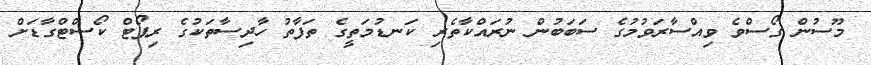
މޫސުން ގޯސްވެ ވިއްސާރަވުމުގެ ސަބަބުން ނުރައްކާތެރި ކަނޑުމަތީގެ ތަފާތު ހާދިސާތަކުގެ ރިޕޯޓް ކޯސްޓްގާޑަށް